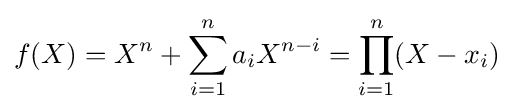
f(X)=X^{n}+\sum _{i=1}^{n}a_{i}X^{n-i}=\prod _{i=1}^{n}(X-x_{i})